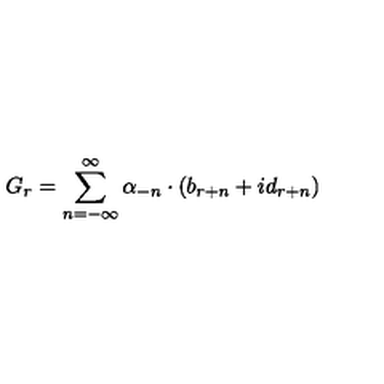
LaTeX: G _ { r } = \sum _ { n = - \infty } ^ { \infty } \alpha _ { - n } \cdot ( b _ { r + n } + i d _ { r + n } )